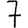
Digit: 7